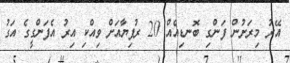
އޭރު މިރަށުން ފަންގި ބޮނޑިއެއް 20 ރުފިޔާއަށް ވިއްކި އިރު އެފަންގީގެ އަގު